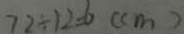
7 2 \div 1 2 = 6 ( c m )